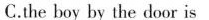
C.the boy by the door is